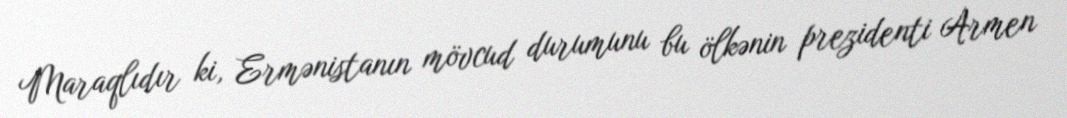
Maraqlıdır ki, Ermənistanın mövcud durumunu bu ölkənin prezidenti Armen